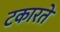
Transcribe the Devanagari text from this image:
टकारते